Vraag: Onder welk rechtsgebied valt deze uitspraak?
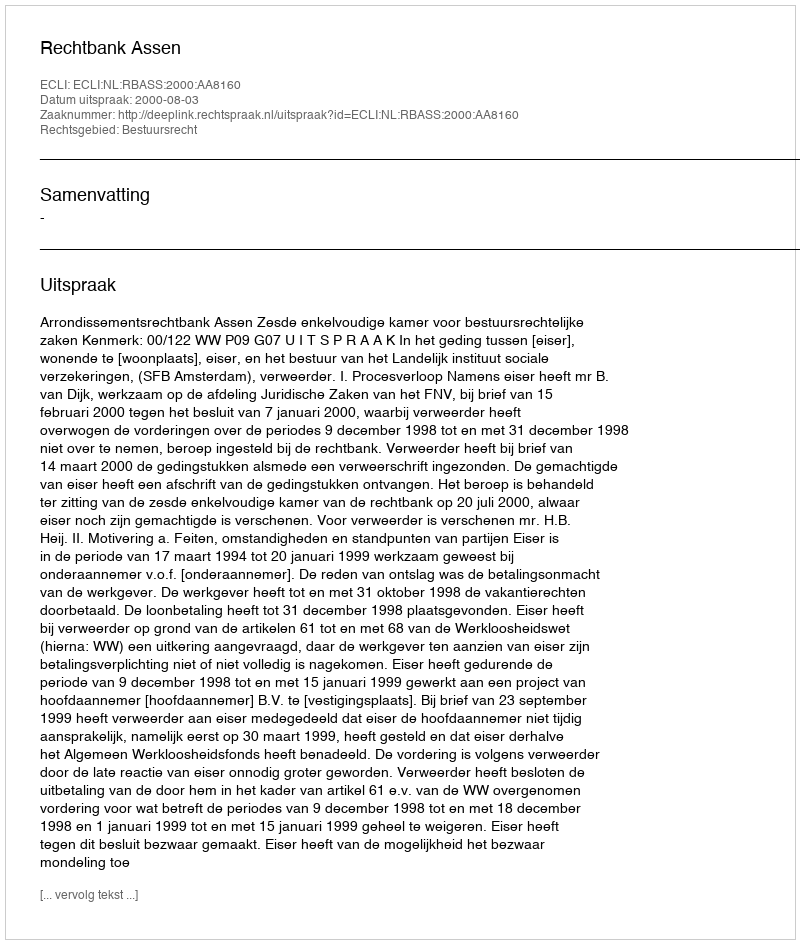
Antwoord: Bestuursrecht